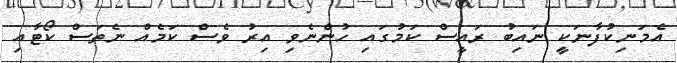
އެމަނިކުފާނަކީ ނައިބު ރައީސް ކަމުގައި ހުންނެވި އިރު ވެސް ކަމެއް ނެތަސް ކޯޓާއި